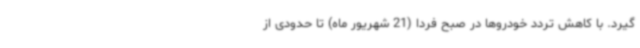
گیرد. با کاهش تردد خودروها در صبح فردا (21 شهریور ماه) تا حدودی از